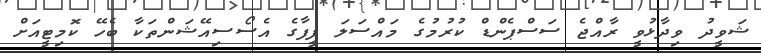
ޝަވީދު ވިދާޅުވީ ރާއްޖެ ސަސްޕެންޑް ކުރުމުގެ މައްސަލަ ފީފާގެ އެސޯސިއޭޝަންތަކާ ބެހޭ ކޮމިޓީއަށް